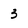
Character: 3